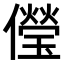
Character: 𠐓